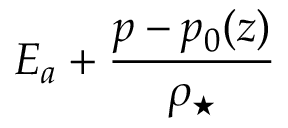
E _ { a } + \frac { p - p _ { 0 } ( z ) } { \rho _ { \star } }